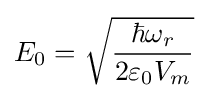
E_{0}={\sqrt {\frac {\hbar \omega _{r}}{2\varepsilon _{0}V_{m}}}}